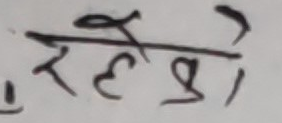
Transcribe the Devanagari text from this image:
रहेको